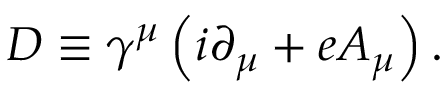
D \equiv \gamma ^ { \mu } \left( i \partial _ { \mu } + e A _ { \mu } \right) .